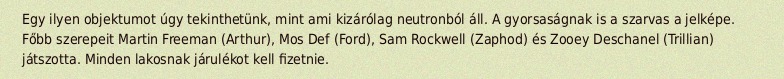
Egy ilyen objektumot úgy tekinthetünk, mint ami kizárólag neutronból áll. A gyorsaságnak is a szarvas a jelképe. Főbb szerepeit Martin Freeman (Arthur), Mos Def (Ford), Sam Rockwell (Zaphod) és Zooey Deschanel (Trillian) játszotta. Minden lakosnak járulékot kell fizetnie.